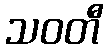
သဝတီ